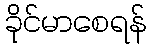
ခိုင်မာစေရန်